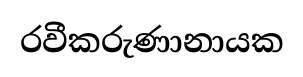
රවීකරුණානායක